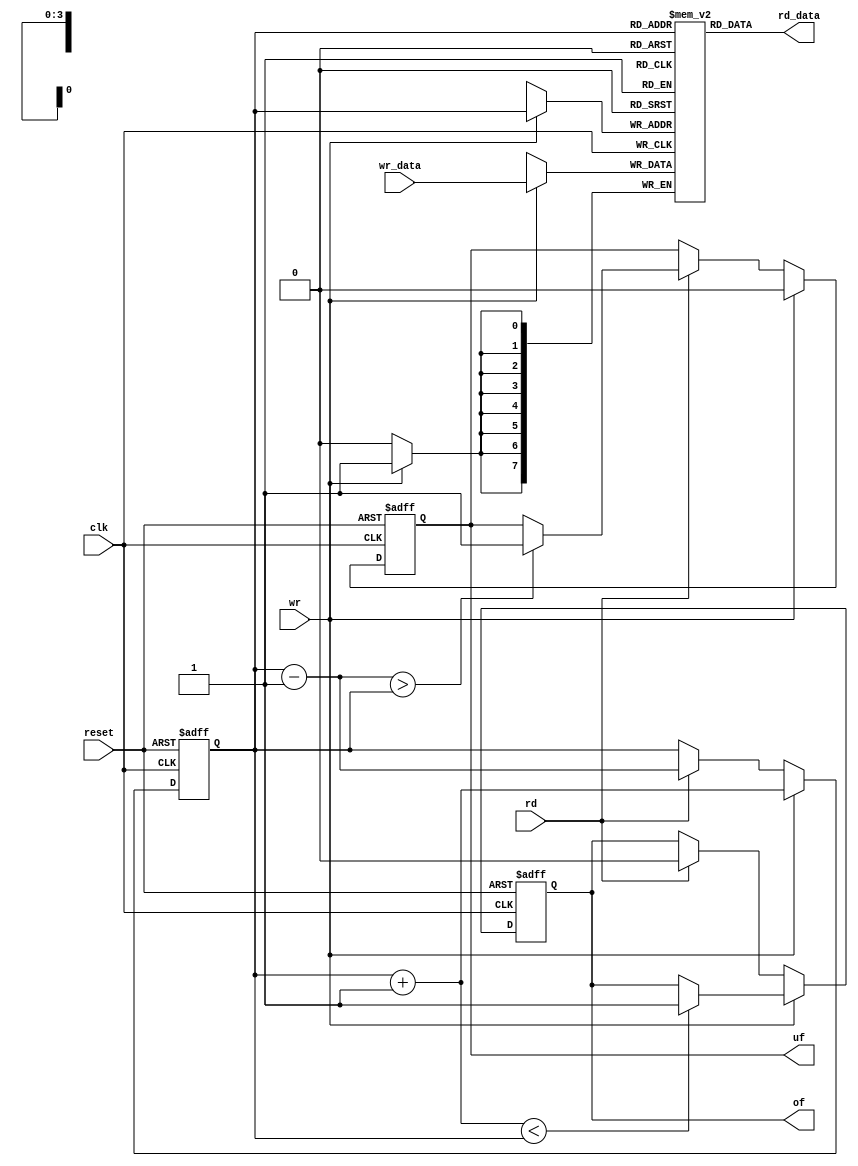
module stack
#(
	parameter B=8,
	          W=4
)
(
	input wire clk, reset, rd, wr,
	input wire [B-1:0] wr_data,
	output wire [B-1:0] rd_data,
	output wire of, uf
);
	reg [B-1:0] array_reg [2**W-1:0];
	reg [W-1:0] data_reg, data_next, data_succ, data_pred;
	reg of_reg, of_next, uf_reg, uf_next;
	wire wr_en;
	
	// register file write operation
	always @(posedge clk)
		if (wr)
			array_reg[data_reg] <= wr_data;
			
	assign rd_data = array_reg[data_reg];
	assign of = of_reg;
	assign uf = uf_reg;
	
	// stack control logic
	always @(posedge clk, posedge reset)
		if (reset)
			begin
				data_reg <= 1'b0;
				of_reg <= 1'b0;
				uf_reg <= 1'b0;
			end
		else
			begin
				data_reg <= data_next;
				of_reg <= of_next;
				uf_reg <= uf_next;
			end
	
	always @*
	begin
		// successive pointer values
		data_succ = data_reg + 1'b1;
		data_pred = data_reg - 1'b1;
		
		// default: keep old values
		data_next = data_reg;
		of_next = of_reg;
		uf_next = uf_reg;
		
		if (wr)
			begin
				if (data_succ < data_next)
					of_next = 1'b1;
				data_next = data_succ;
				uf_next = 1'b0;
			end
		else if (rd)
			begin
				if (data_pred > data_next)
					uf_next = 1'b1;
				data_next = data_pred;
				of_next = 1'b0;
			end
	end
				
endmodule